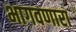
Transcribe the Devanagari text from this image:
भागवणारा